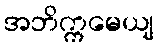
အဘိက္ကမေယျ